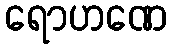
ရောဟဏေ